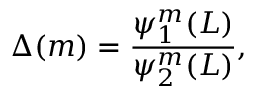
\Delta ( m ) = { \frac { \psi _ { 1 } ^ { m } ( L ) } { \psi _ { 2 } ^ { m } ( L ) } } ,